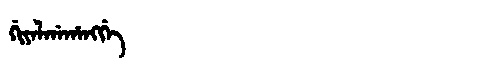
Manchu: ᡤᡳᠶᠠᠯᡤᠠᡥᠠᠩᡤᡝ
Romanization: GIYALGAHANGGE